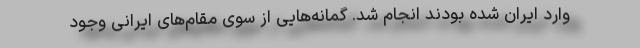
وارد ایران شده بودند انجام شد. گمانه‌هایی از سوی مقام‌های ایرانی وجود